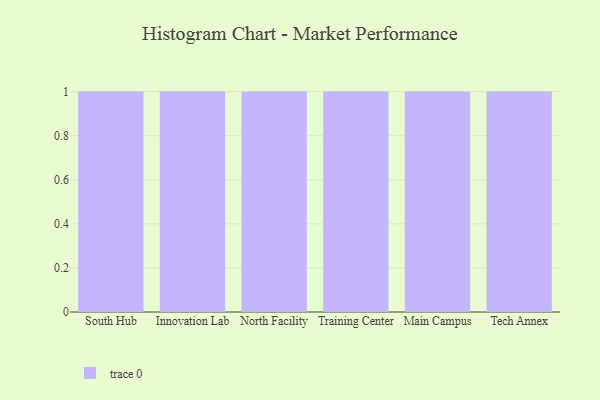
{"axis": {"x": "Campus", "y": "Satisfaction Score"}, "legend": [""], "data": [{"x": "South Hub", "y": 100, "type": ""}, {"x": "Innovation Lab", "y": 73, "type": ""}, {"x": "North Facility", "y": 55, "type": ""}, {"x": "Training Center", "y": 56, "type": ""}, {"x": "Main Campus", "y": 73, "type": ""}, {"x": "Tech Annex", "y": 75, "type": ""}]}